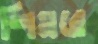
শিমরে